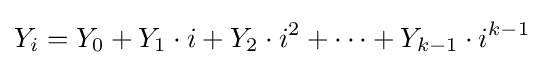
Y_{i}=Y_{0}+Y_{1}\cdot i+Y_{2}\cdot i^{2}+\dots +Y_{k-1}\cdot i^{k-1}